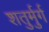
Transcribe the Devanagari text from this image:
शतुर्मुर्ग